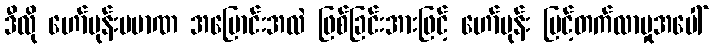
ဒီလို ဟော်မုန်းပမာဏ အပြောင်းအလဲ ဖြစ်ခြင်းအားဖြင့် ဟော်မုန်း မြင့်တက်လာမှုအပေါ်